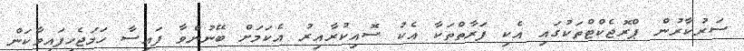
ސަރުކާރުން ޕްރޮޖެކްޓްތަކުގައި އެކި ފަރާތްތަކާ އެކު ސޮއިކުރާއިރު އެކަމަށް ބޭނުންވާ ފައިސާ ހަމަޖެހިފައިވާކަން